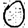
Digit: 0